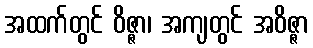
အထက်တွင် ဝိဇ္ဇာ၊ အကျတွင် အဝိဇ္ဇာ